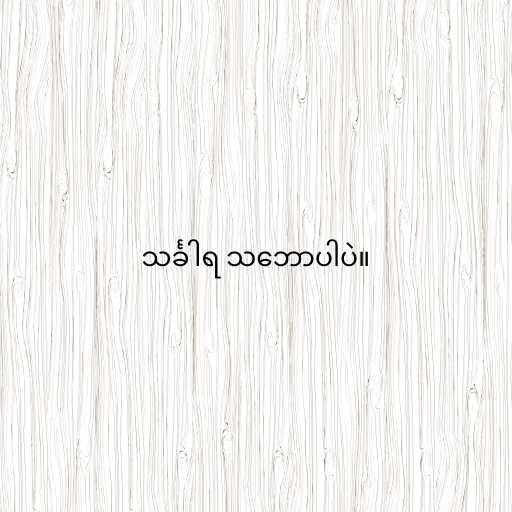
သင်္ခါရ သ‌ဘောပါပဲ။